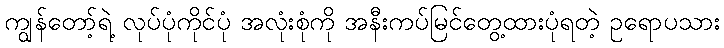
ကျွန်တော့်ရဲ့ လုပ်ပုံကိုင်ပုံ အလုံးစုံကို အနီးကပ်မြင်တွေ့ထားပုံရတဲ့ ဥရောပသား